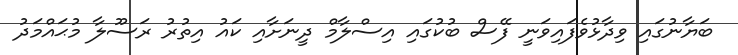
ބަޔާނުގައި ވިދާޅުވެފައިވަނީ ފޭސް ބުކުގައި އިސްލާމް ދީނަށާއި ކައު އިތުރު ރަސޫލާ މުޙައްމަދު